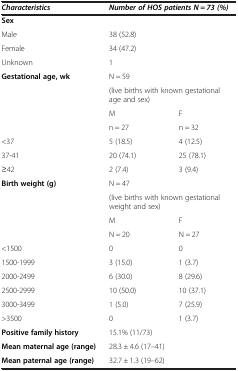
| Characteristics | <COLSPAN=2> Number of HOS patients N = 73 (%) |
 | --- | --- | --- |
 | Sex | <COLSPAN=2>  |
 | Male | <COLSPAN=2> 38 (52.8) |
 | Female | <COLSPAN=2> 34 (47.2) |
 | Unknown | <COLSPAN=2> 1 |
 | <ROWSPAN=2> Gestational age, wk | <COLSPAN=2> N = 59 |
 | <COLSPAN=2> (live births with known gestational age and sex) |
 | <ROWSPAN=2>  | M | F |
 | n = 27 | n = 32 |
 | <37 | 5 (18.5) | 4 (12.5) |
 | 37-41 | 20 (74.1) | 25 (78.1) |
 | ≥42 | 2 (7.4) | 3 (9.4) |
 | <ROWSPAN=2> Birth weight (g) | <COLSPAN=2> N = 47 |
 | <COLSPAN=2> (live births with known gestational weight andsex) |
 | <ROWSPAN=2>  | M | F |
 | N = 20 | N = 27 |
 | <1500 | 0 | 0 |
 | 1500-1999 | 3 (15.0) | 1 (3.7) |
 | 2000-2499 | 6 (30.0) | 8 (29.6) |
 | 2500-2999 | 10 (50.0) | 10 (37.1) |
 | 3000-3499 | 1 (5.0) | 7 (25.9) |
 | >3500 | 0 | 1 (3.7) |
 | Positive family history | <COLSPAN=2> 15.1% (11/73) |
 | Mean maternal age (range) | <COLSPAN=2> 28.3 ± 4.6 (17–41) |
 | Mean paternal age (range) | <COLSPAN=2> 32.7 ± 1.3 (19–62) |